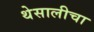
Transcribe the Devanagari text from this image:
थेसालीचा